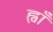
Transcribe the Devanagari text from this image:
ह्वाँ